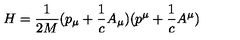
H = \frac { 1 } { 2 M } ( p _ { \mu } + \frac { 1 } { c } A _ { \mu } ) ( p ^ { \mu } + \frac { 1 } { c } A ^ { \mu } )